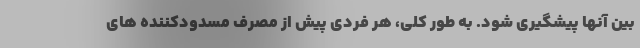
بین آنها پیشگیری شود. به طور کلی، هر فردی پیش از مصرف مسدودکننده های